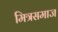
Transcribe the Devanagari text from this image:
मित्रसमाज